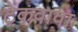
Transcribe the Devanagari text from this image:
टेकवावा